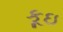
કૂઇ